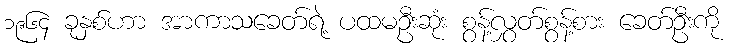
၁၉၆၄ ခုနှစ်ဟာ အာကာသခေတ်ရဲ့ ပထမဦးဆုံး စွန့်လွှတ်စွန့်စား ခေတ်ဦးကို